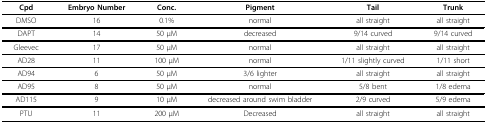
<table><thead><tr><td><b>Cpd</b></td><td><b>Embryo Number</b></td><td><b>Conc.</b></td><td><b>Pigment</b></td><td><b>Tail</b></td><td><b>Trunk</b></td></tr></thead><tbody><tr><td>DMSO</td><td>16</td><td>0.1%</td><td>normal</td><td>all straight</td><td>all straight</td></tr><tr><td>DAPT</td><td>14</td><td>50 μM</td><td>decreased</td><td>9/14 curved</td><td>9/14 curved</td></tr><tr><td>Gleevec</td><td>17</td><td>50 μM</td><td>normal</td><td>all straight</td><td>all straight</td></tr><tr><td>AD28</td><td>11</td><td>100 μM</td><td>normal</td><td>1/11 slightly curved</td><td>1/11 short</td></tr><tr><td>AD94</td><td>6</td><td>50 μM</td><td>3/6 lighter</td><td>all straight</td><td>all straight</td></tr><tr><td>AD95</td><td>8</td><td>50 μM</td><td>normal</td><td>5/8 bent</td><td>1/8 edema</td></tr><tr><td>AD115</td><td>9</td><td>10 μM</td><td>decreased around swim bladder</td><td>2/9 curved</td><td>5/9 edema</td></tr><tr><td>PTU</td><td>11</td><td>200 μM</td><td>Decreased</td><td>all straight</td><td>all straight</td></tr></tbody></table>